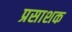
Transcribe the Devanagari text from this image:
प्रसाशक